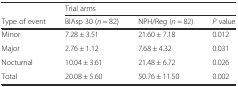
|  | <COLSPAN=3> Trial arms |
 | Type of event | BIAsp 30 (n = 82) | NPH/Reg (n = 82) | P value |
 | --- | --- | --- | --- |
 | Minor | 7.28 ± 3.51 | 21.60 ± 7.18 | 0.012 |
 | Major | 2.76 ± 1.12 | 7.68 ± 4.32 | 0.031 |
 | Nocturnal | 10.04 ± 3.61 | 21.48 ± 6.72 | 0.026 |
 | Total | 20.08 ± 5.60 | 50.76 ± 11.50 | 0.002 |